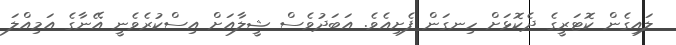
ލައިގެން ކޮޓަރީގެ ދެކޮޅަށް ހިނގަން ފެށިއެވެ. އަބަދުވެސް ޝީލާއަށް އިސްކުރެވެނީ އޭނާގެ އަމިއްލަ